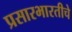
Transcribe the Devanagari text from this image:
प्रसारभारतीचे